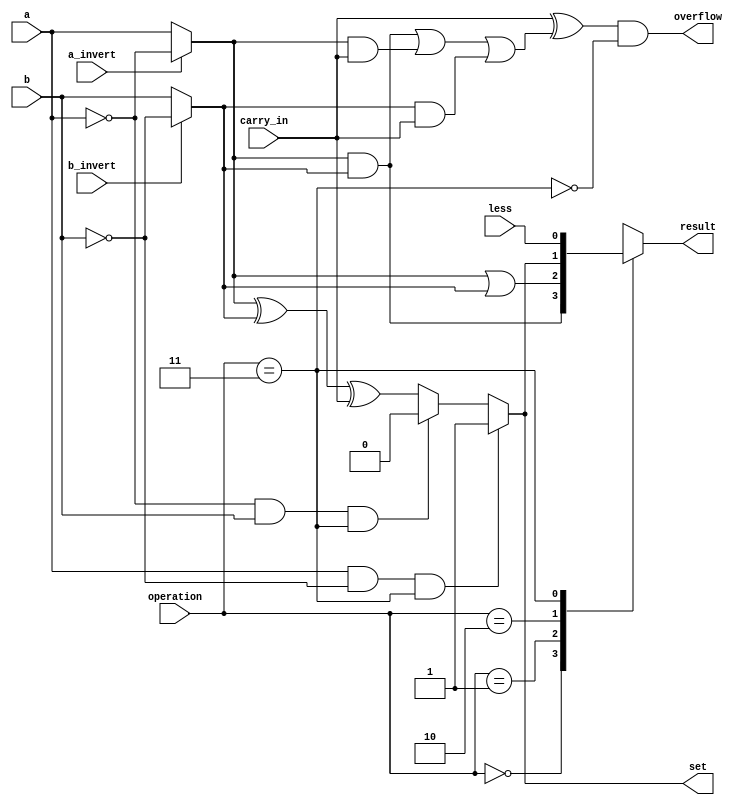
`timescale 1ns / 1ps
// 111652017

/* checkout FIGURE C.5.10 (Bottom) */
/* [Prerequisite] complete bit_alu.v */
module msb_bit_alu (
    input        a,          // 1 bit, a
    input        b,          // 1 bit, b
    input        less,       // 1 bit, Less
    input        a_invert,   // 1 bit, Ainvert
    input        b_invert,   // 1 bit, Binvert
    input        carry_in,   // 1 bit, CarryIn
    input  [1:0] operation,  // 2 bit, Operation
    output reg   result,     // 1 bit, Result (Must it be a reg?)
    output reg   set,        // 1 bit, Set
    output       overflow    // 1 bit, Overflow
);
    /* Try to implement the most significant bit ALU by yourself! */
    /* Be careful with overflow in SLT, checkout Exercise C.24 */
    /* [step 1] ok invert input on demand */
    wire ai, bi;  // what's the difference between `wire` and `reg` ?
    assign ai = a_invert ? ~a : a;  // remember `?` operator in C/C++?
    assign bi = b_invert ? ~b : b;  // you can use logical expression too!

    /* [step 2] ok implement a 1-bit full adder */
    /**
     * Full adder should take ai, bi, carry_in as input, and carry_out, sum as output.
     * What is the logical expression of each output? (Checkout C.5.1)
     * Is there another easier way to implement by `+` operator?
     * https://www.chipverify.com/verilog/verilog-combinational-logic-assign
     * https://www.chipverify.com/verilog/verilog-full-adder
     */
     
    // assign set = ai ^ bi ^ carry_in; 
    assign carry_out = (ai & bi) | (ai & carry_in) | (bi & carry_in); 
    assign overflow = ((carry_in ^ carry_out) && !(operation == 2'b11)); 
    
    /* [step 3] ok using a mux to assign result */
    always @(*) begin
        if (a == 1 && b == 0 && operation == 2'b11)
            set <= 1;
        else if (a == 0 && b == 1 && operation == 2'b11)
            set <= 0;
        else
            set <= ai ^ bi ^ carry_in; 
    end
    
    always @(*) begin     
        case (operation) 
            2'b00: result <= ai & bi;  // AND
            2'b01: result <= ai | bi;  // OR
            2'b10: result <= set;
            2'b11: result <= less;     // SLT
            default: result <= 0;      // should not happen
        endcase
    end


endmodule